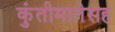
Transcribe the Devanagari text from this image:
कुंतीमातेसह